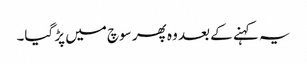
یہ کہنے کے بعد وہ پھر سوچ میں پڑ گیا۔